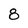
Character: 8